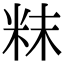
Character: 粖